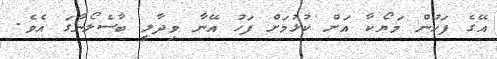
އޭގެ ފަހުން މަޔޯކާ އަށް ކުޅުމަށް ފަހު އޭނާ ވިދާލީ ބާސެލޯނާގަ އެވެ.